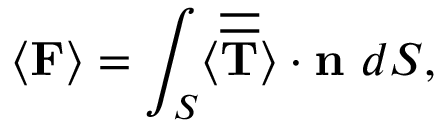
\langle \mathbf { F } \rangle = \int _ { S } \langle \overline { { \overline { { \mathbf { T } } } } } \rangle \cdot \mathbf { n } ~ d S ,